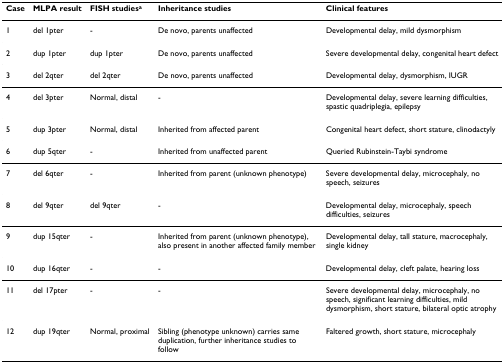
<table><thead><tr><td><b>Case</b></td><td><b>MLPA result</b></td><td><b>FISH studies<sup>a</sup></b></td><td><b>Inheritance studies</b></td><td><b>Clinical features</b></td></tr></thead><tbody><tr><td>1</td><td>del 1pter</td><td>-</td><td>De novo, parents unaffected</td><td>Developmental delay, mild dysmorphism</td></tr><tr><td>2</td><td>dup 1pter</td><td>dup 1pter</td><td>De novo, parents unaffected</td><td>Severe developmental delay, congenital heart defect</td></tr><tr><td>3</td><td>del 2qter</td><td>del 2qter</td><td>De novo, parents unaffected</td><td>Developmental delay, dysmorphism, IUGR</td></tr><tr><td>4</td><td>del 3pter</td><td>Normal, distal</td><td>-</td><td>Developmental delay, severe learning difficulties, spastic quadriplegia, epilepsy</td></tr><tr><td>5</td><td>dup 3pter</td><td>Normal, distal</td><td>Inherited from affected parent</td><td>Congenital heart defect, short stature, clinodactyly</td></tr><tr><td>6</td><td>dup 5qter</td><td>-</td><td>Inherited from unaffected parent</td><td>Queried Rubinstein-Taybi syndrome</td></tr><tr><td>7</td><td>del 6qter</td><td>-</td><td>Inherited from parent (unknown phenotype)</td><td>Severe developmental delay, microcephaly, no speech, seizures</td></tr><tr><td>8</td><td>del 9qter</td><td>del 9qter</td><td>-</td><td>Developmental delay, microcephaly, speech difficulties, seizures</td></tr><tr><td>9</td><td>dup 15qter</td><td>-</td><td>Inherited from parent (unknown phenotype), also present in another affected family member</td><td>Developmental delay, tall stature, macrocephaly, single kidney</td></tr><tr><td>10</td><td>dup 16qter</td><td>-</td><td>-</td><td>Developmental delay, cleft palate, hearing loss</td></tr><tr><td>11</td><td>del 17pter</td><td>-</td><td>-</td><td>Severe developmental delay, microcephaly, no speech, significant learning difficulties, mild dysmorphism, short stature, bilateral optic atrophy</td></tr><tr><td>12</td><td>dup 19qter</td><td>Normal, proximal</td><td>Sibling (phenotype unknown) carries same duplication, further inheritance studies to follow</td><td>Faltered growth, short stature, microcephaly</td></tr></tbody></table>